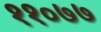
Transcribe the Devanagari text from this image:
११०७७